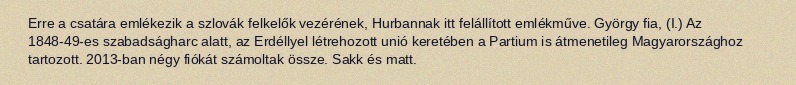
Erre a csatára emlékezik a szlovák felkelők vezérének, Hurbannak itt felállított emlékműve. György fia, (I.) Az 1848-49-es szabadságharc alatt, az Erdéllyel létrehozott unió keretében a Partium is átmenetileg Magyarországhoz tartozott. 2013-ban négy fiókát számoltak össze. Sakk és matt.